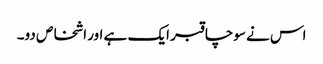
اس نے سوچا قبر ایک ہے اور اشخاص دو۔